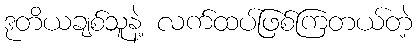
ဒုတိယချစ်သူနဲ့ လက်ထပ်ဖြစ်ကြတယ်တဲ့